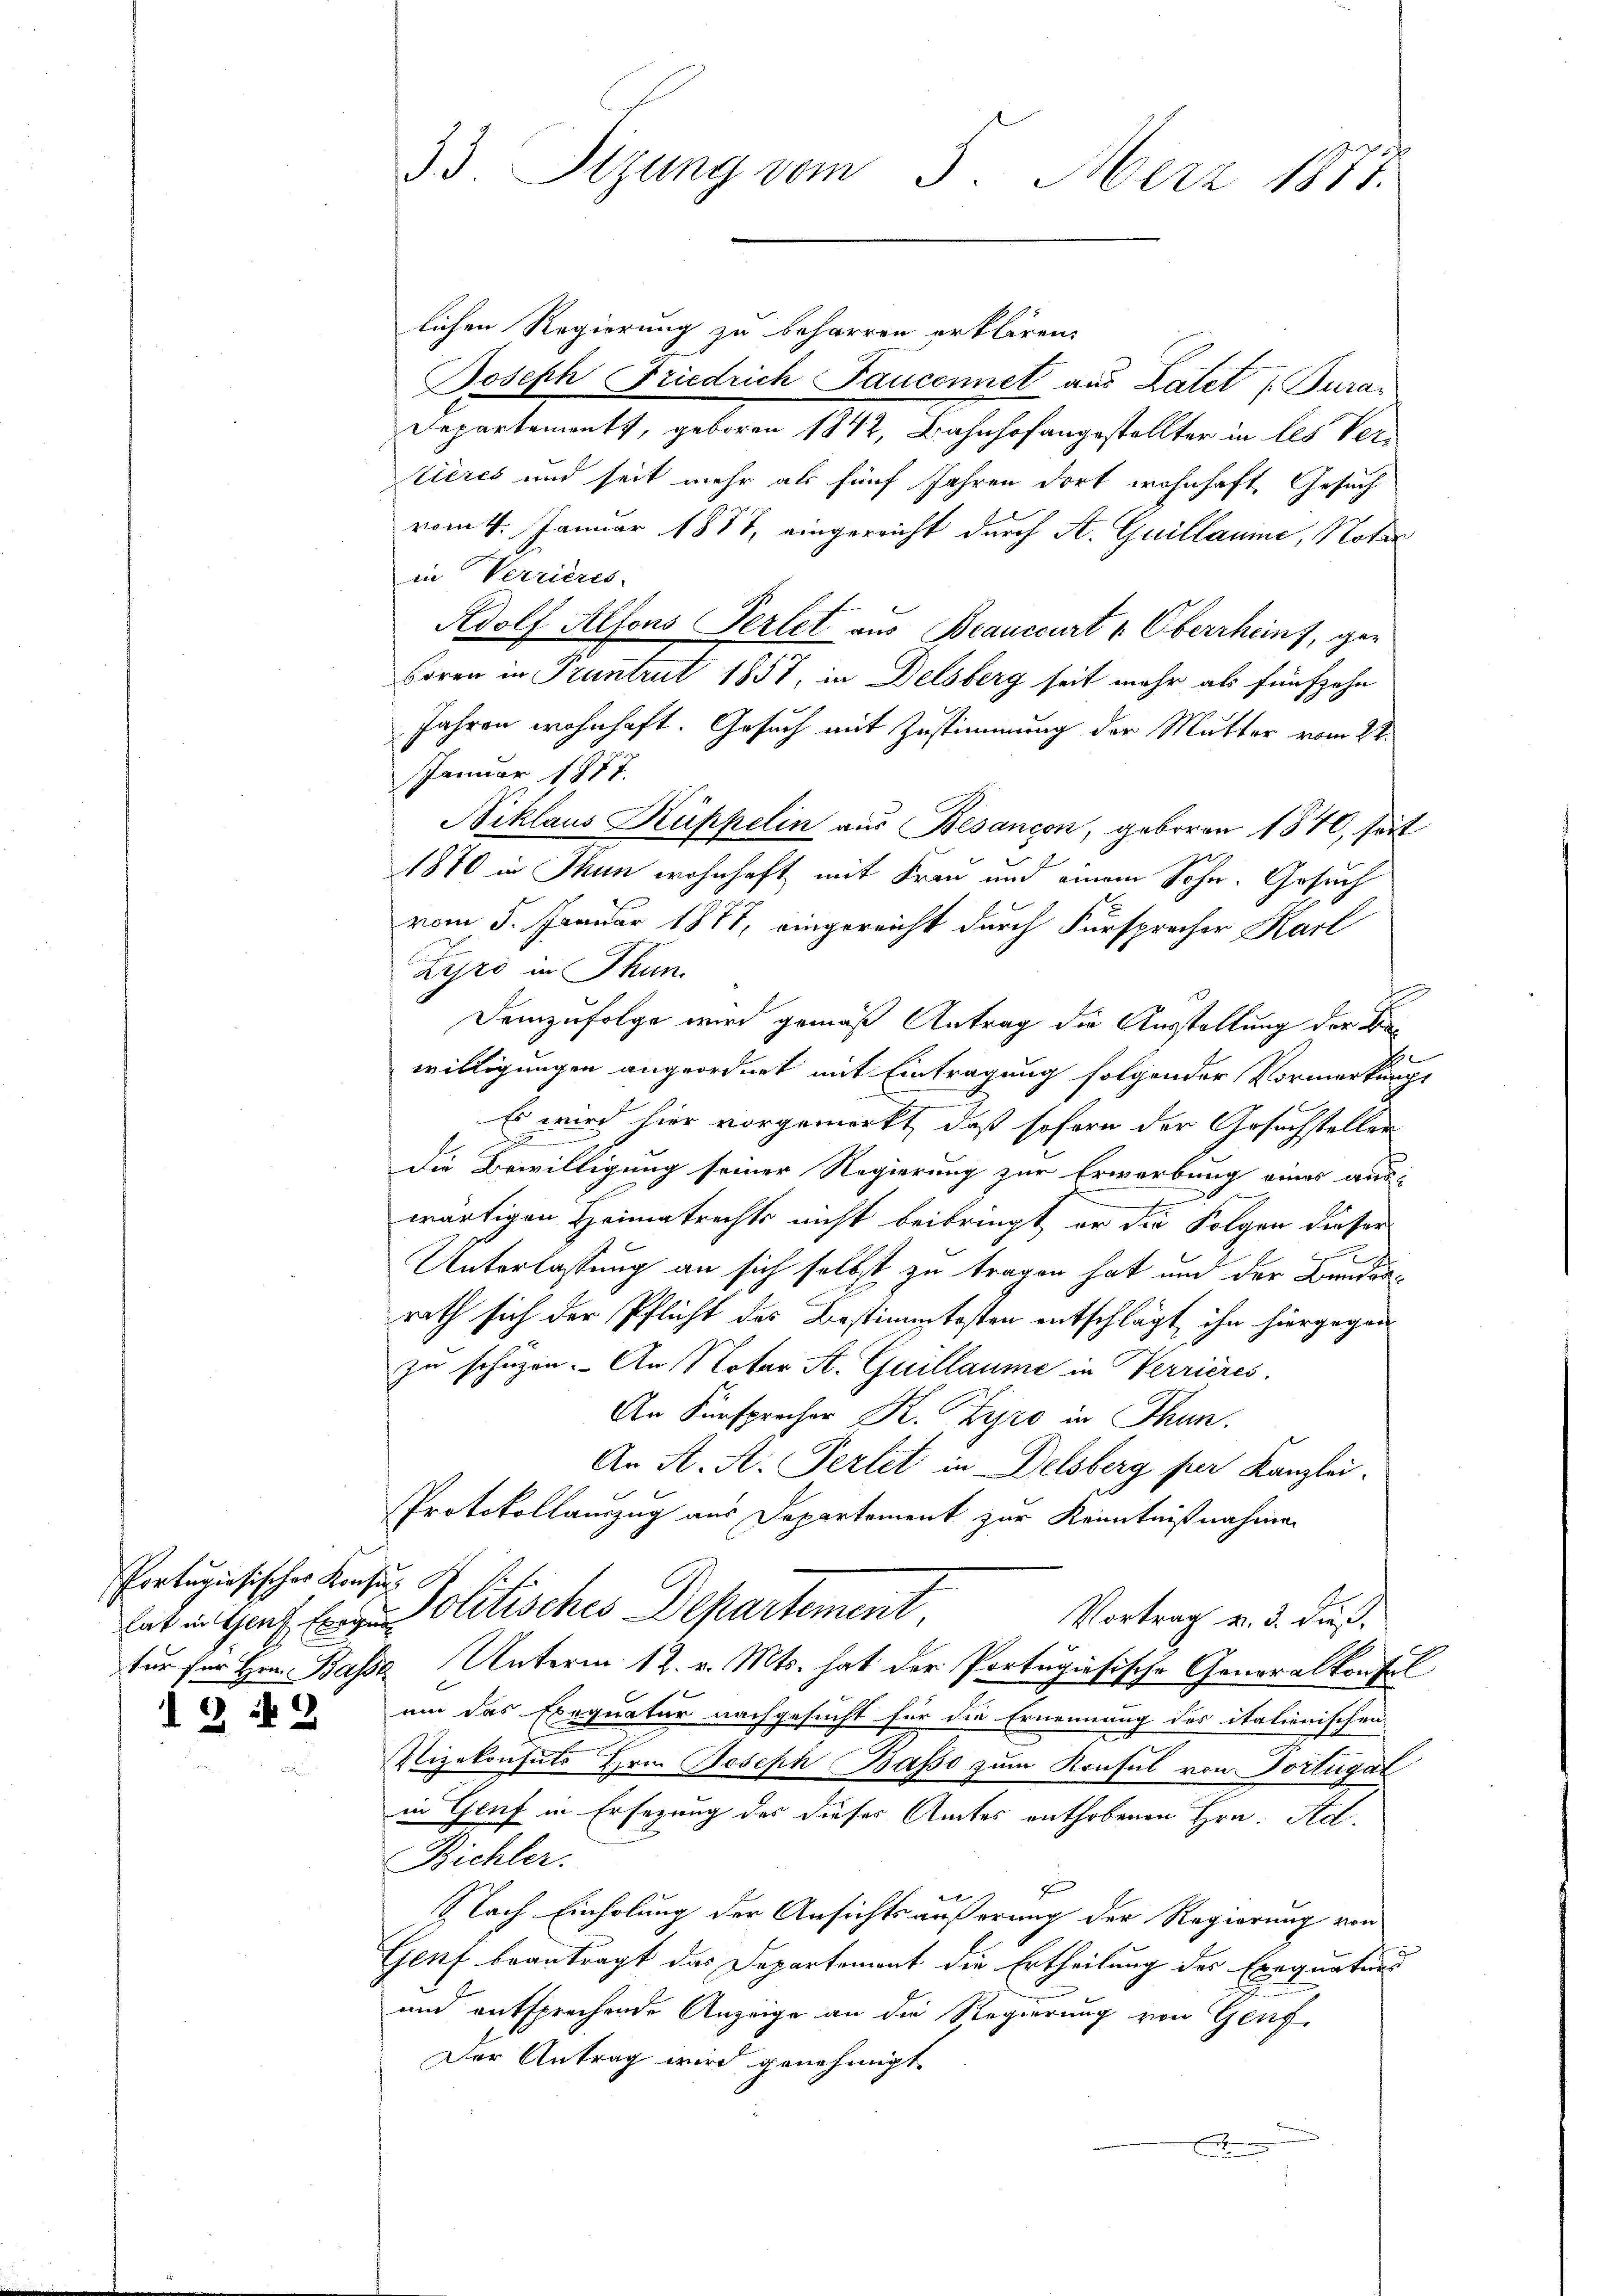
Portugisischer Konsu

I 3 § 2

33. Sizung vom 5. März 1887.

lichen Regierung zu beharren erklären.
Joseph Friedrich Fauconnet aus Later (Pura¬
Departements, geboren 1842, Bahnhofangestellter in les Verières und seit mehr als fünf Jahren dort wohnhaft, Gesuch
vom 4. Januar 1887, eingereicht durch A. Guillaume, Notar
in Verrieres.
Adolf Alfons Perlet aus Beaucourt " Oberrheint, geboren in Frantrut 1857, in Delsberg seit mehr als fünfzehn
Jahren wohnhaft. Gesuch mit Zustimmung der Mutter vom 22.
Januar 1877.
Niklaus Küppelin aus Besançon, geboren 1870, seit
5
1870 in Thun wohnhaft mit Frau und einem Sohn. Gesuch
vom 5. Januar 1877, eingereicht durch Fürsprecher Karl
Lyro in Thun.
Demzufolge wird gemäß Antrag die Ausstellung der Ba¬
.
willigungen angeordnet mit Eintragung folgender Vormerkungs
Es wird hier vorgemerkt, daß soforn der Gesuchsteller
e
die Bewilligung seiner Regierung zur Erwerbung eines aus-
e
wärtigen Heimatrechts nicht beibringt, er die Folgen dieser
Unterlassung an sich selbst zu tragen hat und der Bunderrath sich der Pflicht des Bestimmtosten entschlägt, ihn hiergegen
zu schützen. An Notar St. Guillaume in Verrieres.
An Fürspracher K. Tyro in Thun.
An A. A. Perlet in Delsberg per Kanzlei-
Protokollauszug aus Departement zur Kenntnißnahmen
hat in Genf beige Politisches Departement,
Vortrag v. 3. dieß
tur für Hrn. Basse Unterm 12. v. Mts. hat der Portugisische Generalkonfel
um das Exequatur nachgesucht für die Ernennung des italienischen
Vizekonsuls Hrn. Joseph Basso zum Konsul von Portugal
in Genf in Ersezung des dieses Amtes enthobenen Hrn. Ad.
Bichler.

Nach Einholung der Ansichtsäußerung der Regierung von
Genf beantragt das Departement die Ertheilung des Exequatens
und entsprechende Anzeige an die Regierung von Genf
Der Antrag wird genehmigt.
x